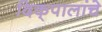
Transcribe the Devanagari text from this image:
दिक्‌पालांचे